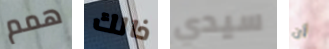
همم ذالك سيدي أن